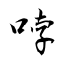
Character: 哱